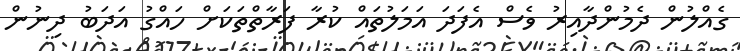
ގެއްލުން ދެމުންދާއިރު ވެސް އެފަދަ އަމަލުތައް ކުރާ ފަރާތްތަކަށް ހައްގު އަދަބު ދިނުން